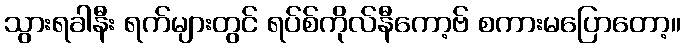
သွားရခါနီး ရက်များတွင် ရပ်စ်ကိုလ်နီကော့ဗ် စကားမပြောတော့။